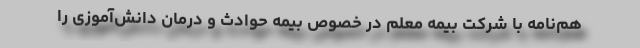
هم‌نامه با شرکت بیمه معلم در خصوص بیمه حوادث و درمان دانش‌آموزی را